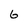
Character: 6